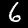
Digit: 6